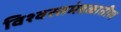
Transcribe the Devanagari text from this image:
विश्वस्तमंडळातील